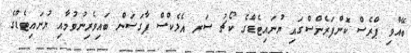
ބޭއްވި ޕްރެސް ކޮންފަރެންސްގައި ޔުނައިޓެޑްގެ ކޯޗު ސަރ އެލެކްސް ފާގަސަން ބައިވެރިނުވުމާއި ޔުނައިޓެޑްގެ